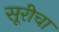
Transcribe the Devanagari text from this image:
सूरीचा